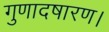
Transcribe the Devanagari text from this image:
गुणादषारण।